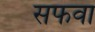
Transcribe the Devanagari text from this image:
सफवा